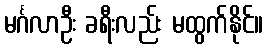
မင်္ဂလာဦး ခရီးလည်း မထွက်နိုင်။